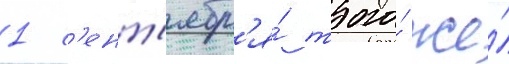
1 с'ент'ябр'я́ того́ же́